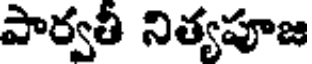
పార్వతీ నిత్యపూజ